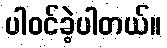
ပါဝင်ခဲ့ပါတယ်။